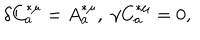
\delta C _ { a } ^ { * \mu } = A _ { a } ^ { * \mu } , \; \gamma C _ { a } ^ { * \mu } = 0 ,